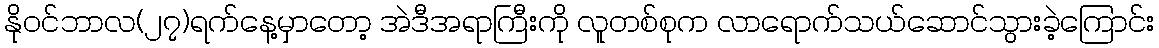
နိုဝင်ဘာလ(၂၇)ရက်နေ့မှာတော့ အဲဒီအရာကြီးကို လူတစ်စုက လာရောက်သယ်ဆောင်သွားခဲ့ကြောင်း